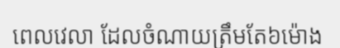
ពេលវេលា ដែលចំណាយត្រឹមតែ៦ម៉ោង